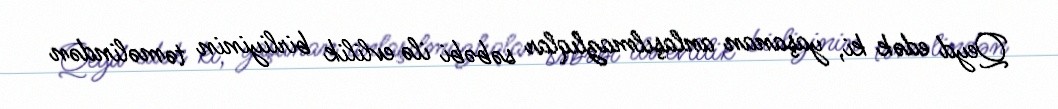
Qeyd edək ki, yaşanan anlaşılmazlıqlar səbəbi ilə evlilik birliyinin təməlindən